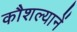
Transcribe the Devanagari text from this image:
कौशल्यानें